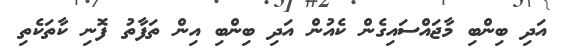
އަދި ބިންބި މާޖައްސައިގެން ކެއުން އަދި ބިންބި އިން ތަފާތު ފޮނި ކާތަކެތި